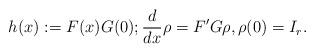
LaTeX: \begin{align*}h(x):=F(x)G(0); \frac{d}{dx}\rho=F'G\rho, \rho(0)=I_r.\end{align*}